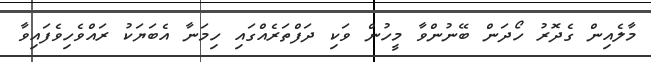
މާލެއިން ގެދޮރު ހޯދަން ބޭނުންވާ މީހުން ވަކި ދަފްތަރެއްގައި ހިމަނާ އެބަޔަކު ރައްވެހިވެފައިވާ